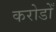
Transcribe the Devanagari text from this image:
करोडोँ